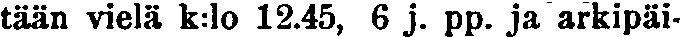
tään vielä k:lo 12.45, 6 j. pp. ja arkipäi-